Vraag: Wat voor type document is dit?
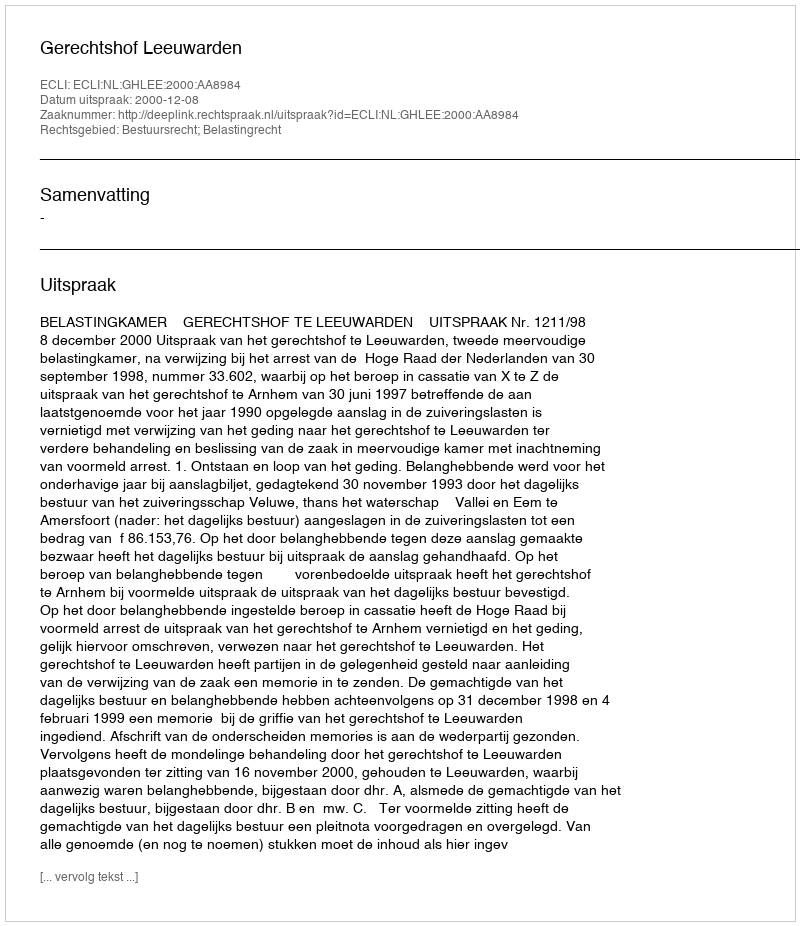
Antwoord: Uitspraak